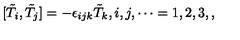
[ \tilde { T } _ { i } , \tilde { T } _ { j } ] = - \epsilon _ { i j k } \tilde { T } _ { k } , i , j , \cdots = 1 , 2 , 3 , ,